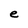
Character: e